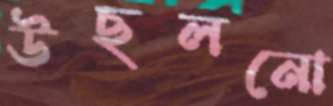
উছলনো